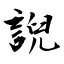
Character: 誽